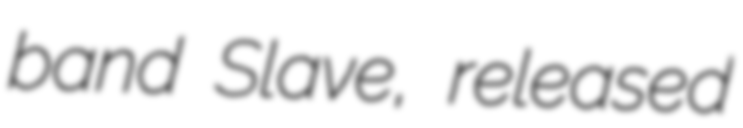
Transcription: band Slave, released